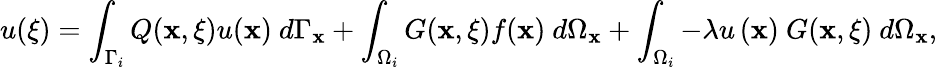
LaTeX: u({\mathbf\xi})=\int_{\Gamma_{i}}Q(\mathbf{x},{\mathbf\xi})u(\mathbf{x})\ d\Gamma_{\mathbf{x}}+\int_{\Omega_{i}}G(\mathbf{x},{\mathbf\xi})f(\mathbf{x})\ d\Omega_{\mathbf{x}}+\int_{\Omega_{i}}-\lambda u\left(\mathbf{x}\right)\ G(\mathbf{x},{\mathbf\xi})\ d\Omega_{\mathbf{x}},